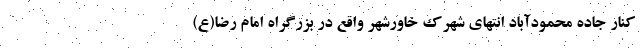
کنار جاده محمودآباد انتهای شهرک خاورشهر واقع در بزرگراه امام رضا(ع)